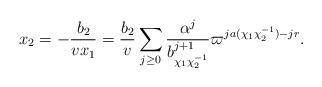
LaTeX: \begin{align*}x_2=-\frac{b_2}{vx_1} = \frac{b_2}{v} \sum_{j\geq 0} \frac{\alpha^j}{b_{\chi_1\chi_2^{-1}}^{j+1}}\varpi^{ja(\chi_1\chi_2^{-1})-jr}. \end{align*}